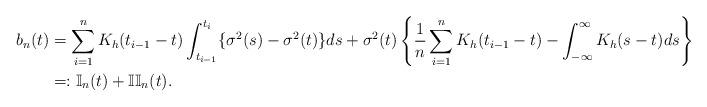
LaTeX: \begin{align*}b_n(t)&=\sum_{i=1}^nK_h(t_{i-1}-t)\int_{t_{i-1}}^{t_i}\{\sigma^2(s)-\sigma^2(t)\}ds+\sigma^2(t)\left\{\frac{1}{n}\sum_{i=1}^nK_h(t_{i-1}-t)-\int_{-\infty}^\infty K_h(s-t)ds\right\}\\&=:\mathbb{I}_n(t)+\mathbb{II}_n(t).\end{align*}